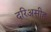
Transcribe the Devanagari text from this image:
दरिअसीह